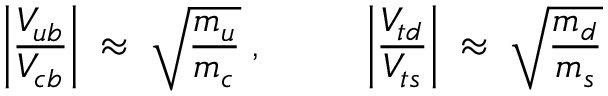
\left| \frac { V _ { u b } } { V _ { c b } } \right| \; \approx \; \sqrt { \frac { m _ { u } } { m _ { c } } } \; , ~ ~ ~ ~ ~ ~ ~ ~ \left| \frac { V _ { t d } } { V _ { t s } } \right| \; \approx \; \sqrt { \frac { m _ { d } } { m _ { s } } } \;